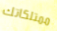
ممتلكاتك